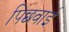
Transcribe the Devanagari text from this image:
पिछवाई